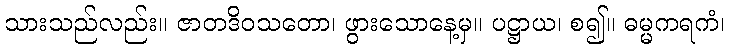
သားသည်လည်း။ ဇာတဒိဝသတော၊ ဖွားသောနေ့မှ။ ပဋ္ဌာယ၊ စ၍။ ဓမ္မကရကံ၊